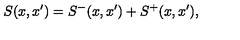
S ( x , x ^ { \prime } ) = S ^ { - } ( x , x ^ { \prime } ) + S ^ { + } ( x , x ^ { \prime } ) ,